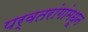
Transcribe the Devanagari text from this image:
पर्वतरांगांमधून